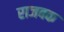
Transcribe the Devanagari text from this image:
राजबक